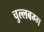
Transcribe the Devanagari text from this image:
चुल्लबग्ग